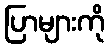
ပြာများကို